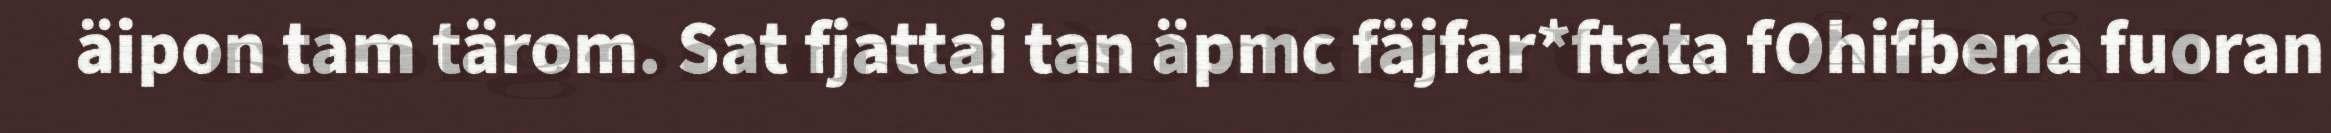
äipon tam tärom. Sat fjattai tan äpmc fäjfar*ftata fOhifbena fuoran